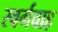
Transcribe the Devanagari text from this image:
स्वर्गवाह